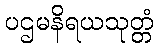
ပဌမနိရယသုတ္တံ